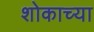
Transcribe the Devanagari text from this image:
शोकाच्या